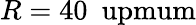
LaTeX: R=40\ \mathrm{\ upmum}